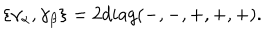
LaTeX: \{ \gamma _ { \alpha } , \gamma _ { \beta } \} = 2 d i a g ( - , - , + , + , + ) .